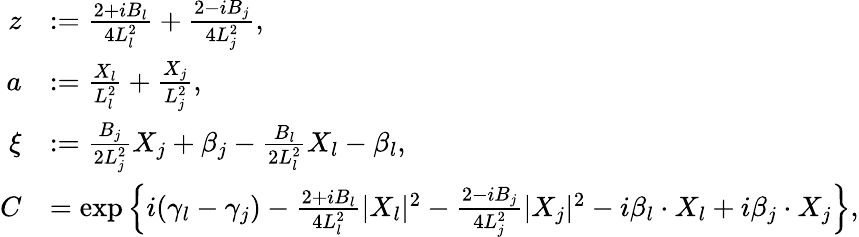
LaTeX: \begin{array}{rl}{z}&{:=\frac{2+iB_{l}}{4L_{l}^{2}}+\frac{2-iB_{j}}{4L_{j}^{2}},}\\ {a}&{:=\frac{X_{l}}{L_{l}^{2}}+\frac{X_{j}}{L_{j}^{2}},}\\ {\xi}&{:=\frac{B_{j}}{2L_{j}^{2}}X_{j}+\beta_{j}-\frac{B_{l}}{2L_{l}^{2}}X_{l}-\beta_{l},}\\ {C}&{=\exp\left\{ i(\gamma_{l}-\gamma_{j})-\frac{2+iB_{l}}{4L_{l}^{2}}|X_{l}|^{2}-\frac{2-iB_{j}}{4L_{j}^{2}}|X_{j}|^{2}-i\beta_{l}\cdot X_{l}+i\beta_{j}\cdot X_{j}\right\} ,}\end{array}